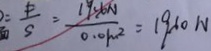
= \frac { F } { S } = \frac { 1 9 . 6 N } { 0 . 0 1 m ^ { 2 } } = 1 9 6 0 N